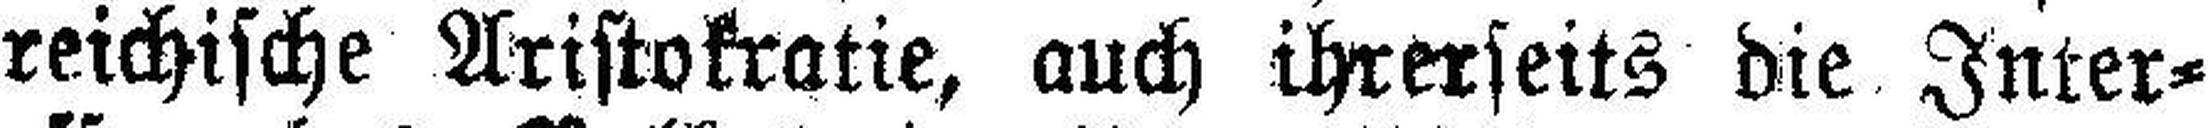
reichische Aristokratie, auch ihrerseits die Inter¬